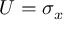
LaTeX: U = \sigma _ { x }